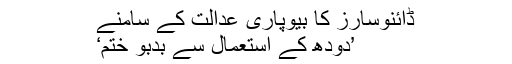
ڈائنوسارز کا بیوپاری عدالت کے سامنے
’دودھ کے استعمال سے بدبو ختم‘